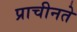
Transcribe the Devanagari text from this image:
प्राचीनते